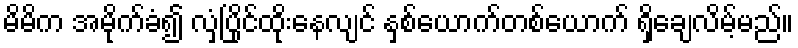
မိမိက အမိုက်ခံ၍ လှံပြိုင်ထိုးနေလျင် နှစ်ယောက်တစ်ယောက် ရှိချေလိမ့်မည်။